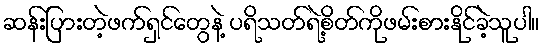
ဆန်းပြားတဲ့ဖက်ရှင်တွေနဲ့ ပရိသတ်ရဲ့စိတ်ကိုဖမ်းစားနိုင်ခဲ့သူပါ။